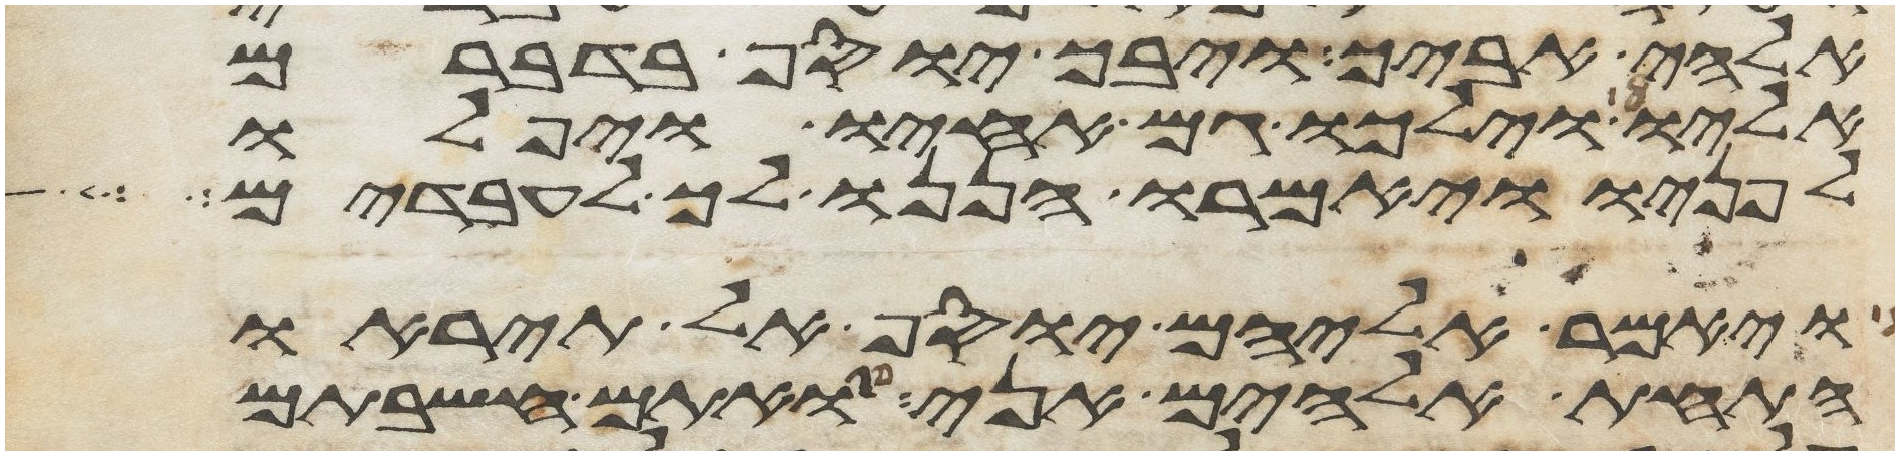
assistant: אלהי אביך ויבך יוסף בדברם
אליו וילכו גם אחיו ויפלו
לפניו ויאמרו הננו לך לעבדים
ויאמר אליהם יוסף אל תיראו
התחת אלהים אני אתם חשבתם